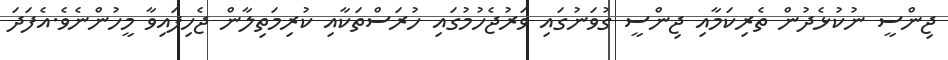
ޖިންސީ ނުކުޅެދުން ތެރިކަމާއި ޖިންސީ ގުވަނުގައި ވަރުޖެހުމުގައި ހުރަސްތަކާއި ކުރިމަތިލާން ޖެހިފައިވާ މީހުންނެވެ.އެފަދަ